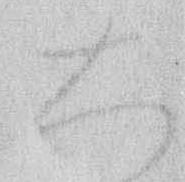
大